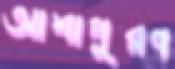
আশাপূরণ